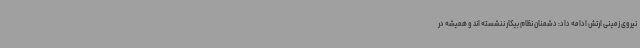
نیروی زمینی ارتش ادامه داد: دشمنان نظام بیکار ننشسته اند و همیشه در